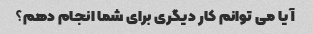
آیا می توانم کار دیگری برای شما انجام دهم؟